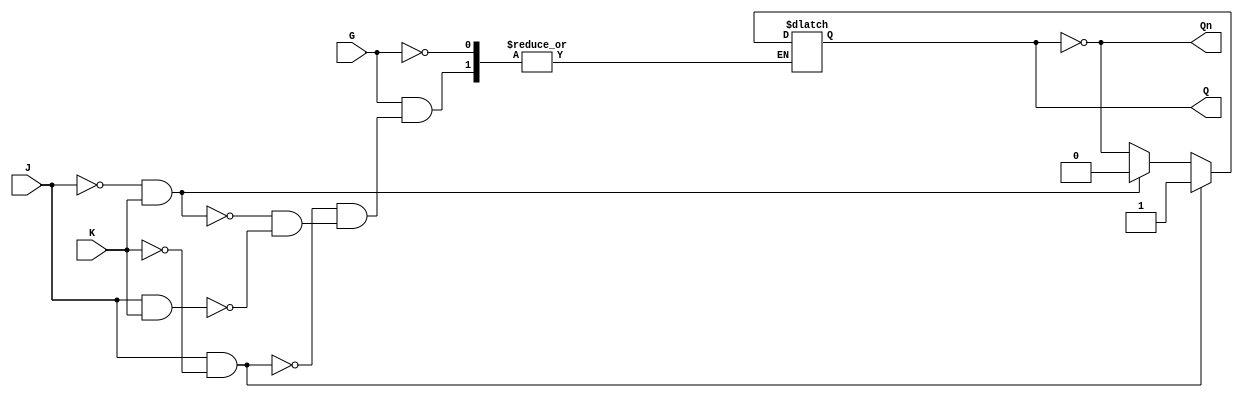
module gated_jk_latch (
    input wire J,         // Set input
    input wire K,         // Reset input
    input wire G,         // Enable input
    output reg Q,         // Output Q
    output wire Qn        // Complement of Q
);

    assign Qn = ~Q; // Complement output

    always @ (G, J, K) begin
        if (G) begin
            if (J && ~K) begin
                Q <= 1; // Set Q to 1
            end
            else if (~J && K) begin
                Q <= 0; // Reset Q to 0
            end
            else if (J && K) begin
                Q <= ~Q; // Toggle Q
            end
            // If J = 0 and K = 0, hold the current state of Q
        end
        // If G = 0, hold the current state of Q (no action)
    end

endmodule